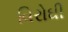
વિરોઘી